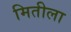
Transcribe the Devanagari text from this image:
मितीला